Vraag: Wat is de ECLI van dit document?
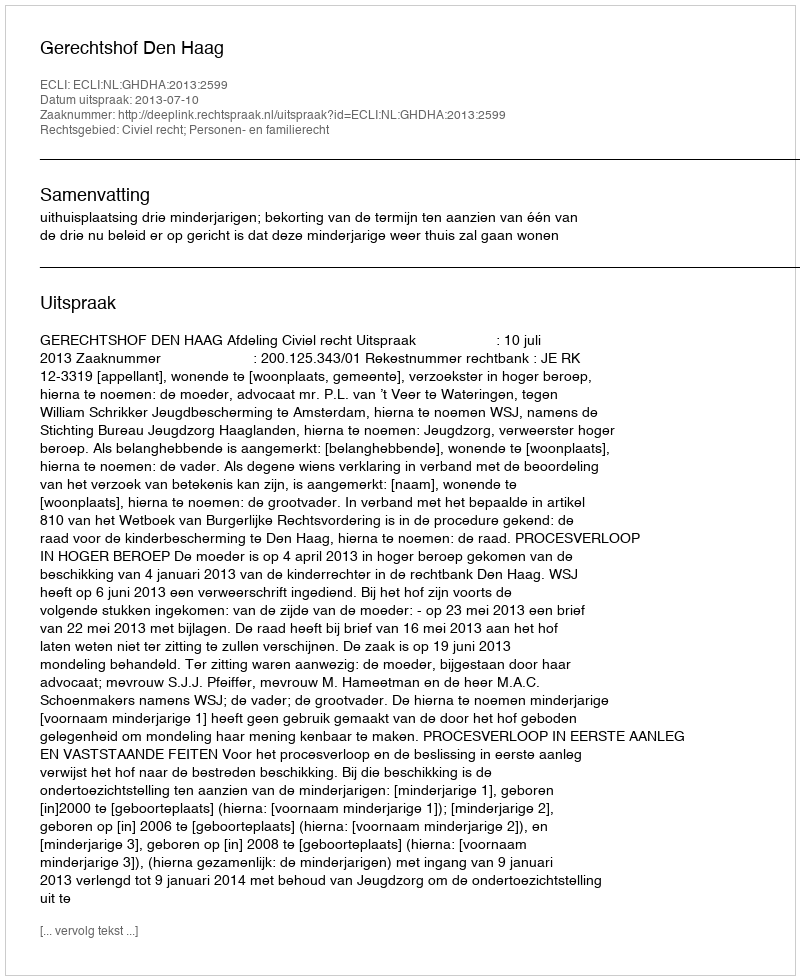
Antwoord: ECLI:NL:GHDHA:2013:2599